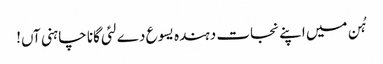
ہُن میں اپنے نجات دہندہ یسوع دے لئی گانا چاہنی آں!